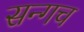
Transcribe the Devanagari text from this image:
सन्गच